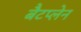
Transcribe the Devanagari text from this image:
बैटप्लेन